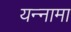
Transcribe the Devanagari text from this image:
यन्‍नामा